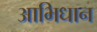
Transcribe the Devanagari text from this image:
आभिधान